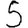
Digit: 5